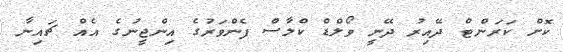
ކޮށް ކަރަންޓް ދޭއިރު ދޭނީ ވޯލްޑް ކްލާސް ފެންވަރުގެ އިންޖީނުގެ އެއް ޗައިނާ